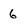
Character: 6